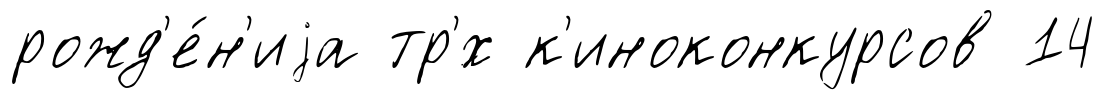
рожд'е́н'иjа тр'́х к'иноконкурсов 14